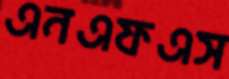
এনএফএস